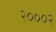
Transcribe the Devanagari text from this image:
२०००२